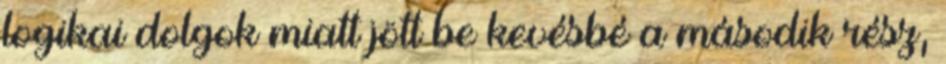
logikai dolgok miatt jött be kevésbé a második rész,